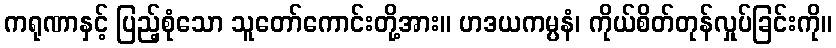
ကရုဏာနှင့် ပြည့်စုံသော သူတော်ကောင်းတို့အား။ ဟဒယကမ္ပနံ၊ ကိုယ်စိတ်တုန်လှုပ်ခြင်းကို။